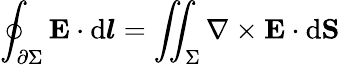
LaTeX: \oint_{\partial\Sigma}\mathbf{E}\cdot\mathrm{d}{\boldsymbol{l}}=\iint_{\Sigma}\mathbf{\nabla}\times\mathbf{E}\cdot\mathrm{d}\mathbf{S}